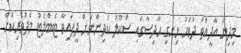
މިދިޔަ އާދީއްތަ ދުވަހު ހިނގި ހާދިސާގައި ސްކޫލު ކުދިންނަށް ދީފައިވާ ޓެބްލެޓު މެދުވެރިކޮށް